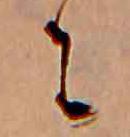
に